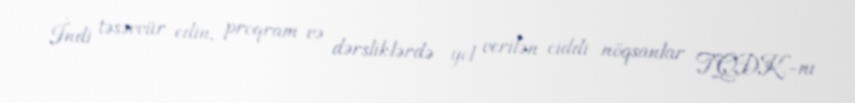
İndi təsəvvür edin, proqram və dərsliklərdə yol verilən ciddi nöqsanlar TQDK-nı